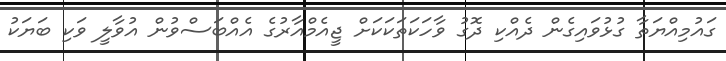
ގައުމިއްޔަތާ ގުޅުވައިގެން ދެއްކި ދޮގު ވާހަކަތަކަކަށް ޖީއެމްއާރުގެ އެއްބަސްވުން އުވާލީ ވަކި ބަޔަކު